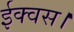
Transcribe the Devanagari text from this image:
ईक्वस।